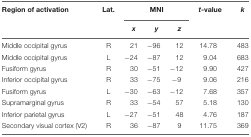
<table><thead><tr><td><b>Region of activation</b></td><td><b>Lat.</b></td><td colspan="3"><b>MNI</b></td><td><b><i>t-</i>value</b></td><td><b><i>k</i></b></td></tr><tr><td></td><td></td><td><b><i>x</i></b></td><td><b><i>y</i></b></td><td><b><i>z</i></b></td><td></td><td></td></tr></thead><tbody><tr><td>Middle occipital gyrus</td><td>R</td><td>21</td><td>–96</td><td>12</td><td>14.78</td><td>483</td></tr><tr><td>Middle occipital gyrus</td><td>L</td><td>–24</td><td>–87</td><td>12</td><td>9.04</td><td>683</td></tr><tr><td>Fusiform gyrus</td><td>R</td><td>30</td><td>–51</td><td>–12</td><td>9.90</td><td>427</td></tr><tr><td>Inferior occipital gyrus</td><td>R</td><td>33</td><td>–75</td><td>–9</td><td>9.06</td><td>216</td></tr><tr><td>Fusiform gyrus</td><td>L</td><td>–30</td><td>–63</td><td>–12</td><td>7.68</td><td>357</td></tr><tr><td>Supramarginal gyrus</td><td>R</td><td>33</td><td>–54</td><td>57</td><td>5.18</td><td>130</td></tr><tr><td>Inferior parietal gyrus</td><td>L</td><td>–27</td><td>–51</td><td>48</td><td>4.76</td><td>187</td></tr><tr><td>Secondary visual cortex (V2)</td><td>R</td><td>36</td><td>–87</td><td>9</td><td>11.75</td><td>369</td></tr></tbody></table>